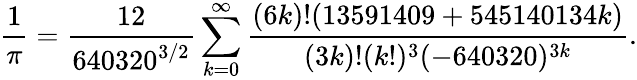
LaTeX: {\frac{1}{\pi}}={\frac{12}{640320^{3/2}}}\sum_{k=0}^{\infty}{\frac{(6k)!(13591409+545140134k)}{(3k)!(k!)^{3}(-640320)^{3k}}}.